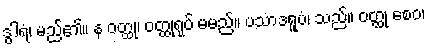
ဒွါရံ၊ မည်၏။ န ဝတ္ထု၊ ဝတ္ထုရုပ် မမည်။ ပသာဒရူပံ၊ သည်။ ဝတ္ထု စေဝ၊